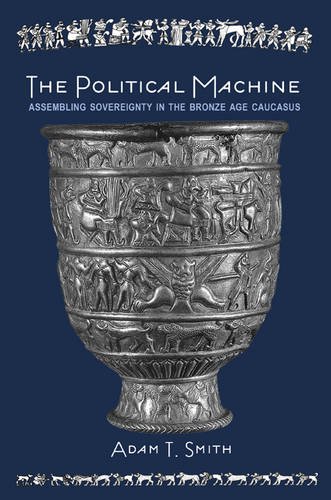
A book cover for The Political Machine: Assembling Sovereignty in the Bronze Age Caucasus (The Rostovtzeff Lectures); Adam T. Smith; History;